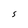
Character: S